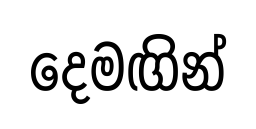
දෙමඟින්